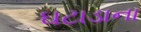
ઘટાડાના